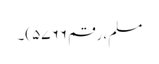
مسلم، رقم ۵۷۶۶)۔